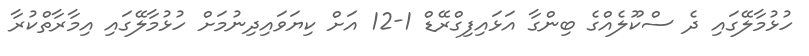
ހުޅުމާލޭގައި ދެ ސްކޫލެއްގެ ބިންގާ އަޅައިފިގްރޭޑް 1-12 އަށް ކިޔަވައިދިނުމަށް ހުޅުމާލޭގައި އިމާރާތްކުރާ